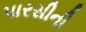
પારસીની